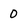
Character: 0